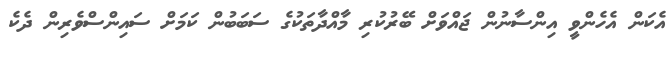
އެކަން އެހެންވީ އިންސާނުން ޖައްވަށް ބޭރުކުރި މާއްދާތަކުގެ ސަބަބުން ކަމަށް ސައިންސްވެރިން ދެކެ